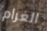
الغرام